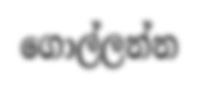
ගොල්ලන්න